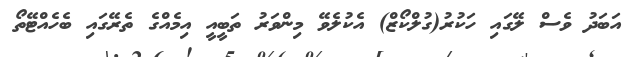
އަބަދު ވެސް ލޭގައި ހަކުރު(ގުލްކޯޒް) އެކުލެވޭ މިންވަރު ތަބީއީ އިމެއްގެ ތެރޭގައި ބެހެއްޓޭތޯ